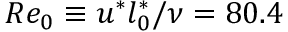
R e _ { 0 } \equiv u ^ { * } l _ { 0 } ^ { * } / \nu = 8 0 . 4